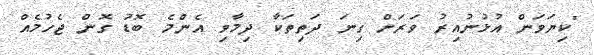
"ކިޔަވަން އުޅުނުއިރު ވަރަށް ގިނަ ދަތިތަކާ ދިމާވި އެންމެ ބޮޑު ގޮން ޖެހުމެއް